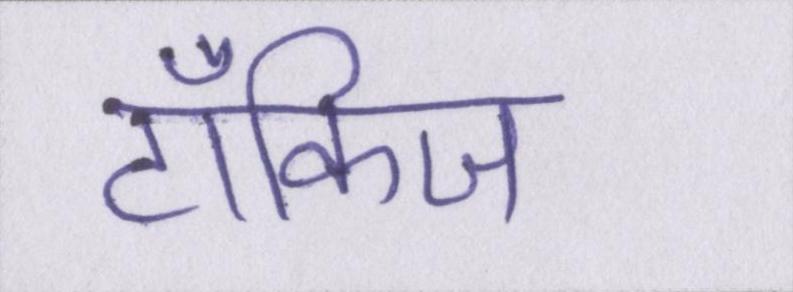
टॉकिज